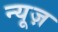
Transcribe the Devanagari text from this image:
न्‍यूज़